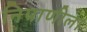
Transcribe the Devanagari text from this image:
निपाणीला